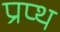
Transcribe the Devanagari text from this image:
प्रप्थ